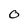
Character: O